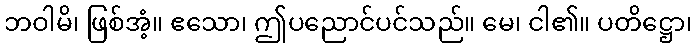
ဘဝါမိ၊ ဖြစ်အံ့။ ဧသော၊ ဤပညောင်ပင်သည်။ မေ၊ ငါ၏။ ပတိဋ္ဌော၊